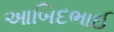
આબિદભાઈ